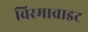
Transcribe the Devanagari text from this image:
विरमाव्राइट